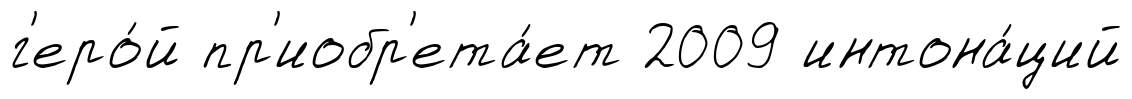
г'еро́й пр'иобр'ета́ет 2009 интона́ций